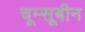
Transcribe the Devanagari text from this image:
चूम्सूबीन